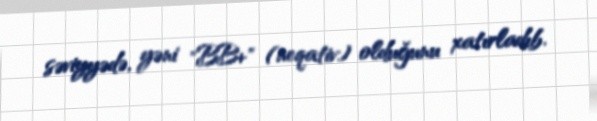
səviyyədə, yəni "BB+" (neqativ) olduğunu xatırladıb.